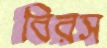
বিরস